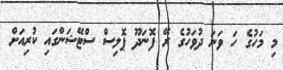
މި މަހުގެ ހަ ވަނަ ދުވަހުގެ ރޭ ފޮނަދޫ ޕޮލިސް ސްޓޭޝަންގައި ކުރިއަށް